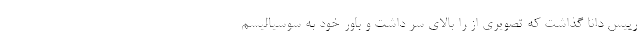
رییس دانا گذاشت که تصویری از را بالای سر داشت و باور خود به سوسیالیسم